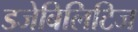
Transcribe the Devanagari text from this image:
डजेबिलिटिज